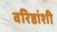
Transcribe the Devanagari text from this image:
वरिष्ठांशी